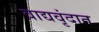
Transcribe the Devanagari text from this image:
वाद्यवृंदात